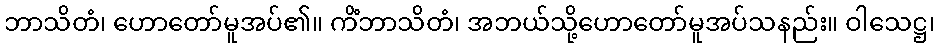
ဘာသိတံ၊ ဟောတော်မူအပ်၏။ ကိံဘာသိတံ၊ အဘယ်သို့ဟောတော်မူအပ်သနည်း။ ဝါသေဋ္ဌ၊